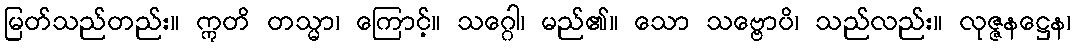
မြတ်သည်တည်း။ ဣတိ တသ္မာ၊ ကြောင့်။ သဂ္ဂေါ၊ မည်၏။ သော သဗ္ဗောပိ၊ သည်လည်း။ လုဇ္ဇနဋ္ဌေန၊